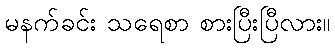
မနက်ခင်း သရေစာ စားပြီးပြီလား။